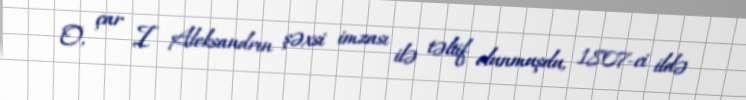
O, çar I Aleksandrın şəxsi imzası ilə təltif olunmuşdu, 1807-ci ildə